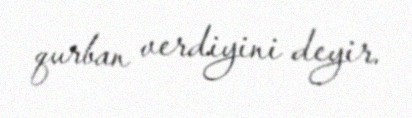
qurban verdiyini deyir.